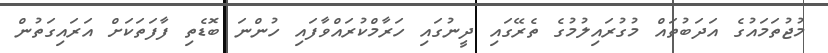
މުޖުތަމައުގެ އަދަބުތައް މުގުރައިލުމުގެ ތެރޭގައި ދީނުގައި ހަރާމްކުރައްވާފައި ހުންނަ ބޮޑެތި ފާފަތަކަށް އަރައިގަތުން